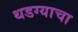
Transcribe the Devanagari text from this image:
थडग्याचा